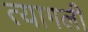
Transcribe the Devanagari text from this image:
त्यागली